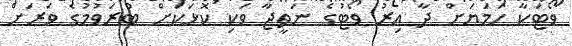
ވޯޓަކާ ހަމަޔަށް ދާ އިރު ވޯޓުގެ ނަތީޖާ ވަކި ކޮޅަކަށް ބުރަވުމުގެ ވަރަށް